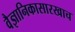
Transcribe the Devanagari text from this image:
वैज्ञानिकासारखाच